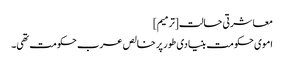
معاشرتی حالت[ترمیم]
اموی حکومت بنیادی طور پر خالص عرب حکومت تھی۔